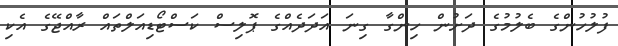
ފުލުހުންގެ ބެލުމުގެ ދަށުން ހިންގާ ގިނަ އަދަދެއްގެ ޕޮލިސް ކަސްޓޯޑިއަލްތައް ރާއްޖޭގެ އެކި